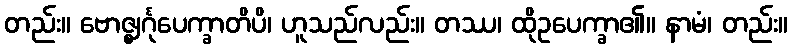
တည်း။ ဗောဇ္ဈင်္ဂုပေက္ခာတိပိ၊ ဟူသည်လည်း။ တဿ၊ ထိုဥပေက္ခာ၏။ နာမံ၊ တည်း။